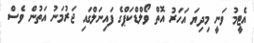
އެޓީމު ވަނީ މިދިޔަ އަހަރު އޮތް ވޯލްޑްކަޕްގެ ފައިނަލްގައި ޖަރުމަނު އަތުން ވެސް